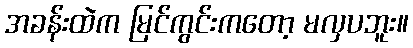
အခန်းထဲက မြင်ကွင်းကတော့ မလှပဘူး။